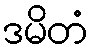
ဒမိတံ